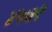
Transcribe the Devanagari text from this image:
४५७१